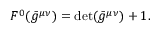
{ } F ^ { 0 } ( \bar { g } ^ { \mu \nu } ) = \operatorname * { d e t } ( \bar { g } ^ { \mu \nu } ) + 1 .